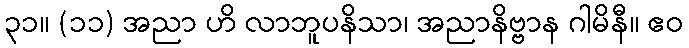
၃၁။ (၁၁) အညာ ဟိ လာဘူပနိသာ၊ အညာနိဗ္ဗာန ဂါမိနီ။ ဧဝ